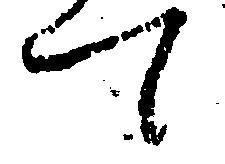
て